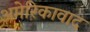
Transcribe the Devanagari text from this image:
अमेरिकावाद